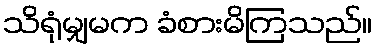
သိရုံမျှမက ခံစားမိကြသည်။